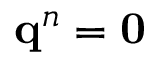
\mathbf { q } ^ { n } = \mathbf { 0 }